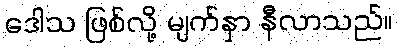
ဒေါသ ဖြစ်လို့ မျက်နှာ နီလာသည်။